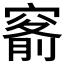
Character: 𥦹